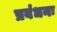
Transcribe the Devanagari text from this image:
प्रबंधनः